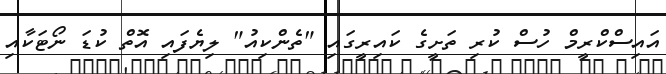
އައިސްކްރީމް ހުސް ކުރި ތަށީގެ ކައިރީގައި "ތެންކިއު" ލިޔެފައި އޮތް ކުޑަ ނޯޓަކާއި